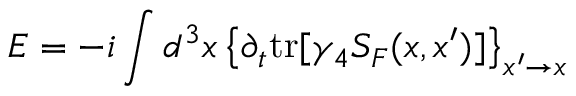
{ \cal E } = - i \int d ^ { 3 } x \left\{ \partial _ { t } \mathrm { t r } [ \gamma _ { 4 } S _ { F } ( x , x ^ { \prime } ) ] \right\} _ { x ^ { \prime } \rightarrow x }